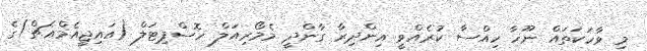
މި ވާހަކަތައް ނޫހާ ހިއްސާ ކުރެއްވީ އިންދިރާ ގާންދީ މެމޯރިއަލް ހޮސްޕިޓަލް (އައިޖީއެމްއެޗް)ގެ